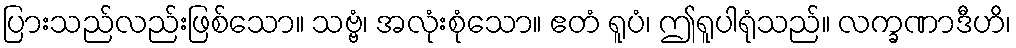
ပြားသည်လည်းဖြစ်သော။ သဗ္ဗံ၊ အလုံးစုံသော။ ဧတံ ရူပံ၊ ဤရူပါရုံသည်။ လက္ခဏာဒီဟိ၊